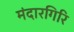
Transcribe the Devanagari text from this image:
मंदारगिरि